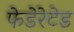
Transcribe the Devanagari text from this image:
फेडेरेटेड